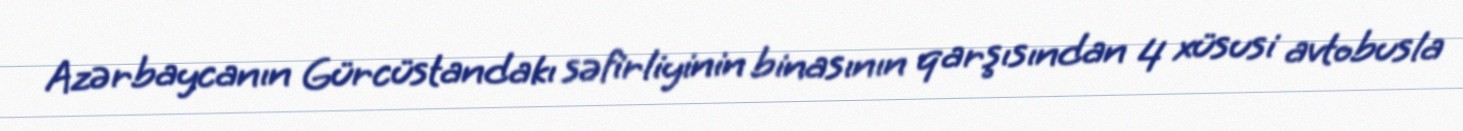
Azərbaycanın Gürcüstandakı səfirliyinin binasının qarşısından 4 xüsusi avtobusla